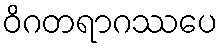
ဝိဂတရာဂဿပေ